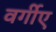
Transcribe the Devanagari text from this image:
वर्गीए